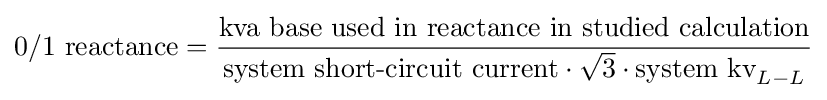
{\text{0/1 reactance}}={\frac {\text{kva base used in reactance in studied calculation}}{{\text{system short-circuit current}}\cdot {\sqrt {3}}\cdot {\text{system kv}}_{L-L}}}